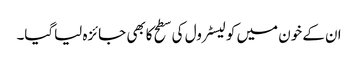
ان کے خون میں کولیسٹرول کی سطح کابھی جائزہ لیاگیا۔